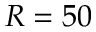
R = 5 0